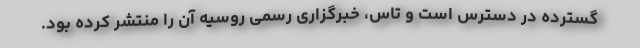
گسترده در دسترس است و تاس، خبرگزاری رسمی روسیه آن را منتشر کرده بود.